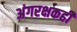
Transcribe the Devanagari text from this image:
अंगरक्षकही